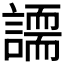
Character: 𧬐